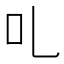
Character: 𠮜